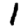
Digit: 1